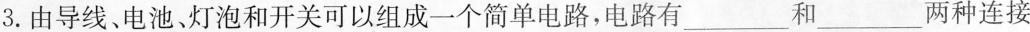
3.由导线。电池、灯泡和开关可以组成一个简单电路，电路有___和___两种连接